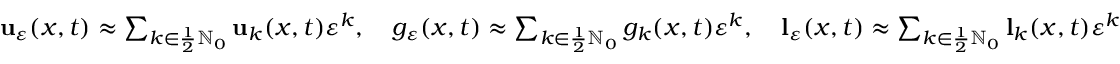
\begin{array} { r } { \mathbf { u } _ { \ensuremath { \varepsilon } } ( x , t ) \approx \sum _ { k \in \frac 1 2 \ensuremath { \mathbb { N } } _ { 0 } } \mathbf { u } _ { k } ( x , t ) \ensuremath { \varepsilon } ^ { k } , \quad g _ { \ensuremath { \varepsilon } } ( x , t ) \approx \sum _ { k \in \frac 1 2 \ensuremath { \mathbb { N } } _ { 0 } } g _ { k } ( x , t ) \ensuremath { \varepsilon } ^ { k } , \quad \mathbf { l } _ { \ensuremath { \varepsilon } } ( x , t ) \approx \sum _ { k \in \frac 1 2 \ensuremath { \mathbb { N } } _ { 0 } } \mathbf { l } _ { k } ( x , t ) \ensuremath { \varepsilon } ^ { k } } \end{array}